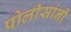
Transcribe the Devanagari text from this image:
पोलीसांनी